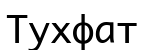
Тухфат